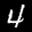
Label: 4